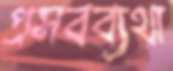
প্রসবব্যথা